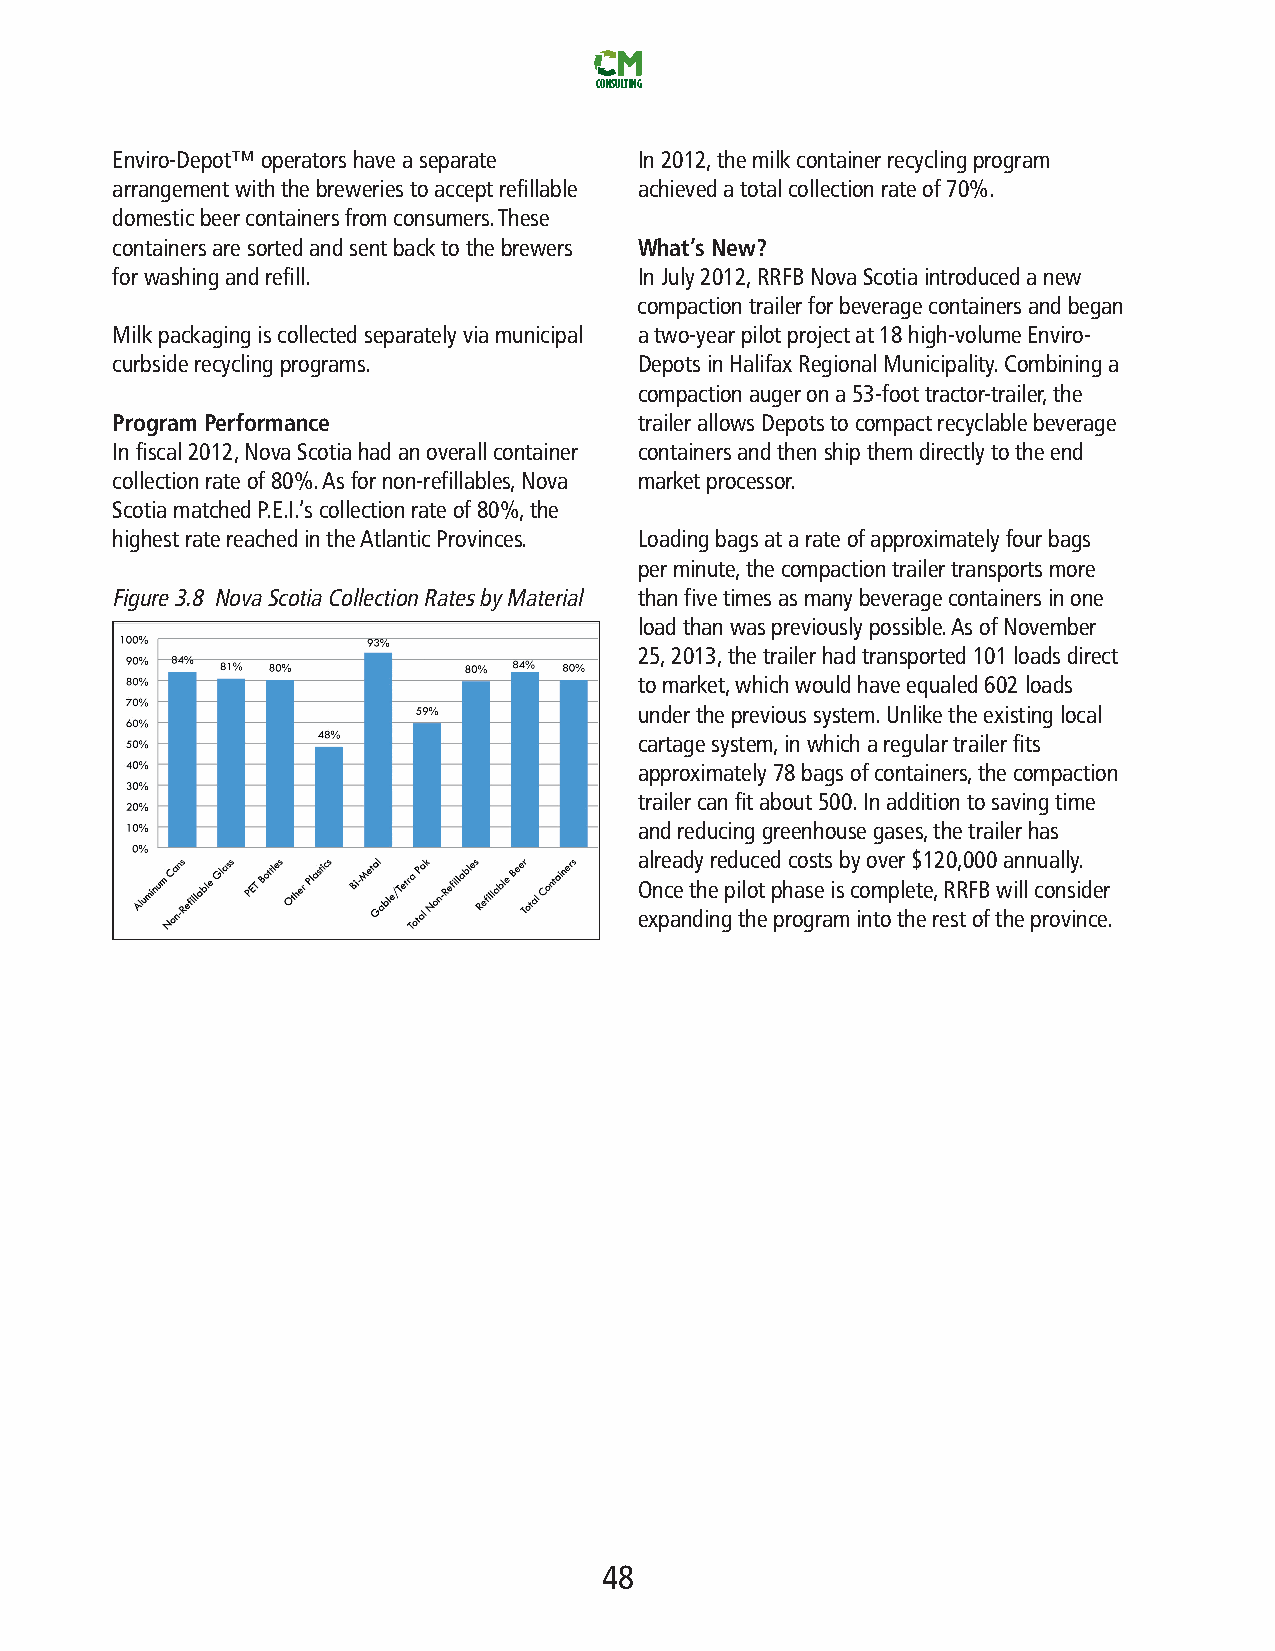
CONSULTING
 Enviro-Depot™operatorshaveaseparate In2012,themilkcontainerrecyclingprogram
 arrangementwiththebreweriestoacceptrefillable achievedatotalcollectionrateof70%.
 domesticbeercontainersfromconsumers.These
 containersaresortedandsentbacktothebrewers What’sNew?
 forwashingandrefill.               InJuly2012,RRFBNovaScotiaintroducedanew
 compactiontrailerforbeveragecontainersandbegan
 Milkpackagingiscollectedseparatelyviamunicipal atwo-yearpilotprojectat18high-volumeEnviro-
 curbsiderecyclingprograms.         DepotsinHalifaxRegionalMunicipality.Combininga
 compactionaugerona53-foottractor-trailer,the
 ProgramPerformance                 trailerallowsDepotstocompactrecyclablebeverage
 Infiscal2012,NovaScotiahadanoverallcontainer containersandthenshipthemdirectlytotheend
 collectionrateof80%.Asfornon-refillables,Nova marketprocessor.
 ScotiamatchedP.E.I.’scollectionrateof80%,the
 highestratereachedintheAtlanticProvinces. Loadingbagsatarateofapproximatelyfourbags
 perminute,thecompactiontrailertransportsmore
 Figure3.8 NovaScotiaCollectionRatesbyMaterial thanfivetimesasmanybeveragecontainersinone
 loadthanwaspreviouslypossible.AsofNovember
 25,2013,thetrailerhadtransported101loadsdirect
 tomarket,whichwouldhaveequaled602loads
 undertheprevioussystem.Unliketheexistinglocal
 cartagesystem,inwhicharegulartrailerfits
 approximately78bagsofcontainers,thecompaction
 trailercanfitabout500.Inadditiontosavingtime
 andreducinggreenhousegases,thetrailerhas
 alreadyreducedcostsbyover$120,000annually.
 Oncethepilotphaseiscomplete,RRFBwillconsider
 expandingtheprogramintotherestoftheprovince.
 48